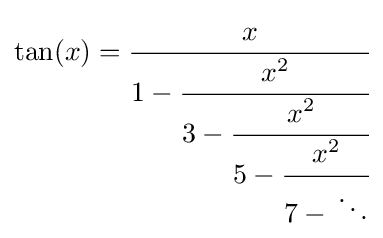
\tan(x)={\cfrac {x}{1-{\cfrac {x^{2}}{3-{\cfrac {x^{2}}{5-{\cfrac {x^{2}}{7-{}\ddots }}}}}}}}